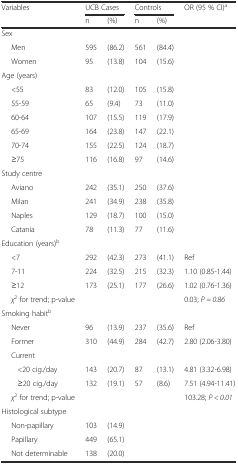
<table><thead><tr><td rowspan="2"><b>Variables</b></td><td colspan="2"><b>UCB Cases</b></td><td colspan="2"><b>Controls</b></td><td rowspan="2"><b>OR (95 % CI)<sup>a</sup></b></td></tr><tr><td><b>n</b></td><td><b>(%)</b></td><td><b>n</b></td><td><b>(%)</b></td></tr></thead><tbody><tr><td>Sex</td><td></td><td></td><td></td><td></td><td></td></tr><tr><td>Men</td><td>595</td><td>(86.2)</td><td>561</td><td>(84.4)</td><td></td></tr><tr><td>Women</td><td>95</td><td>(13.8)</td><td>104</td><td>(15.6)</td><td></td></tr><tr><td>Age (years)</td><td></td><td></td><td></td><td></td><td></td></tr><tr><td>&lt;55</td><td>83</td><td>(12.0)</td><td>105</td><td>(15.8)</td><td></td></tr><tr><td>55-59</td><td>65</td><td>(9.4)</td><td>73</td><td>(11.0)</td><td></td></tr><tr><td>60-64</td><td>107</td><td>(15.5)</td><td>119</td><td>(17.9)</td><td></td></tr><tr><td>65-69</td><td>164</td><td>(23.8)</td><td>147</td><td>(22.1)</td><td></td></tr><tr><td>70-74</td><td>155</td><td>(22.5)</td><td>124</td><td>(18.7)</td><td></td></tr><tr><td>≥75</td><td>116</td><td>(16.8)</td><td>97</td><td>(14.6)</td><td></td></tr><tr><td>Study centre</td><td></td><td></td><td></td><td></td><td></td></tr><tr><td>Aviano</td><td>242</td><td>(35.1)</td><td>250</td><td>(37.6)</td><td></td></tr><tr><td>Milan</td><td>241</td><td>(34.9)</td><td>238</td><td>(35.8)</td><td></td></tr><tr><td>Naples</td><td>129</td><td>(18.7)</td><td>100</td><td>(15.0)</td><td></td></tr><tr><td>Catania</td><td>78</td><td>(11.3)</td><td>77</td><td>(11.6)</td><td></td></tr><tr><td>Education (years)<sup>b</sup></td><td></td><td></td><td></td><td></td><td></td></tr><tr><td>&lt;7</td><td>292</td><td>(42.3)</td><td>273</td><td>(41.1)</td><td>Ref</td></tr><tr><td>7-11</td><td>224</td><td>(32.5)</td><td>215</td><td>(32.3)</td><td>1.10 (0.85-1.44)</td></tr><tr><td>≥12</td><td>173</td><td>(25.1)</td><td>177</td><td>(26.6)</td><td>1.02 (0.76-1.36)</td></tr><tr><td><i>χ</i><sup>2</sup> for trend; p-value</td><td></td><td></td><td></td><td></td><td>0.03; <i>P = 0.86</i></td></tr><tr><td>Smoking habit<sup>b</sup></td><td></td><td></td><td></td><td></td><td></td></tr><tr><td>Never</td><td>96</td><td>(13.9)</td><td>237</td><td>(35.6)</td><td>Ref</td></tr><tr><td>Former</td><td>310</td><td>(44.9)</td><td>284</td><td>(42.7)</td><td>2.80 (2.06-3.80)</td></tr><tr><td>Current</td><td></td><td></td><td></td><td></td><td></td></tr><tr><td>&lt;20 cig./day</td><td>143</td><td>(20.7)</td><td>87</td><td>(13.1)</td><td>4.81 (3.32-6.98)</td></tr><tr><td>≥20 cig./day</td><td>132</td><td>(19.1)</td><td>57</td><td>(8.6)</td><td>7.51 (4.94-11.41)</td></tr><tr><td><i>χ</i><sup>2</sup> for trend; p-value</td><td></td><td></td><td></td><td></td><td>103.28; <i>P &lt; 0.01</i></td></tr><tr><td>Histological subtype</td><td></td><td></td><td></td><td></td><td></td></tr><tr><td>Non-papillary</td><td>103</td><td>(14.9)</td><td></td><td></td><td></td></tr><tr><td>Papillary</td><td>449</td><td>(65.1)</td><td></td><td></td><td></td></tr><tr><td>Not determinable</td><td>138</td><td>(20.0)</td><td></td><td></td><td></td></tr></tbody></table>